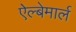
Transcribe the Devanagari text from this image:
ऐल्बेमार्ल